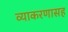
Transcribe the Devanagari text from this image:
व्याकरणासह